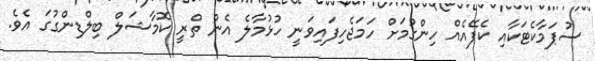
ސުޕަމާކެޓަކާއި ކެފޭއެއް ހިންގުމަށް ހަމަޖެހިފައިވަނީ ހުޅުމާލެ އެން ތްރީ ކޮމާޝަލް ބިލްޑިންގުގަ އެވެ.